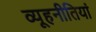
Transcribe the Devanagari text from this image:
व्यूहनीतियां